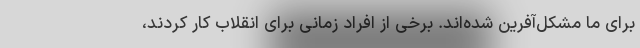
برای ما مشکل‌آفرین شده‌اند. برخی از افراد زمانی برای انقلاب کار کردند،